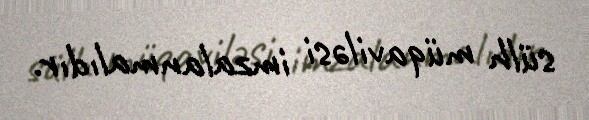
sülh müqaviləsi imzalanmalıdır.